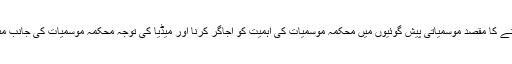
اس دن کے منانے کا مقصد موسمیاتی پیش گوئیوں میں محکمہ موسمیات کی اہمیت کو اجاگر کرنا اور میڈیا کی توجہ محکمہ موسمیات کی جانب مبذول کرواناہے۔